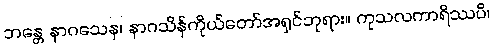
ဘန္တေ နာဂသေန၊ နာဂသိန်ကိုယ်တော်အရှင်ဘုရား။ ကုသလကာရိဿပိ၊